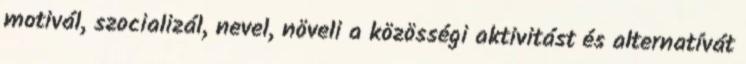
motivál, szocializál, nevel, növeli a közösségi aktivitást és alternatívát